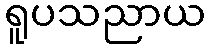
ရူပသညာယ